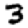
Digit: 3